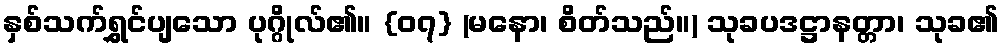
နှစ်သက်ရွှင်ပျသော ပုဂ္ဂိုလ်၏။ {၀၇} (မနော၊ စိတ်သည်။) သုခပဒဋ္ဌာနတ္တာ၊ သုခ၏